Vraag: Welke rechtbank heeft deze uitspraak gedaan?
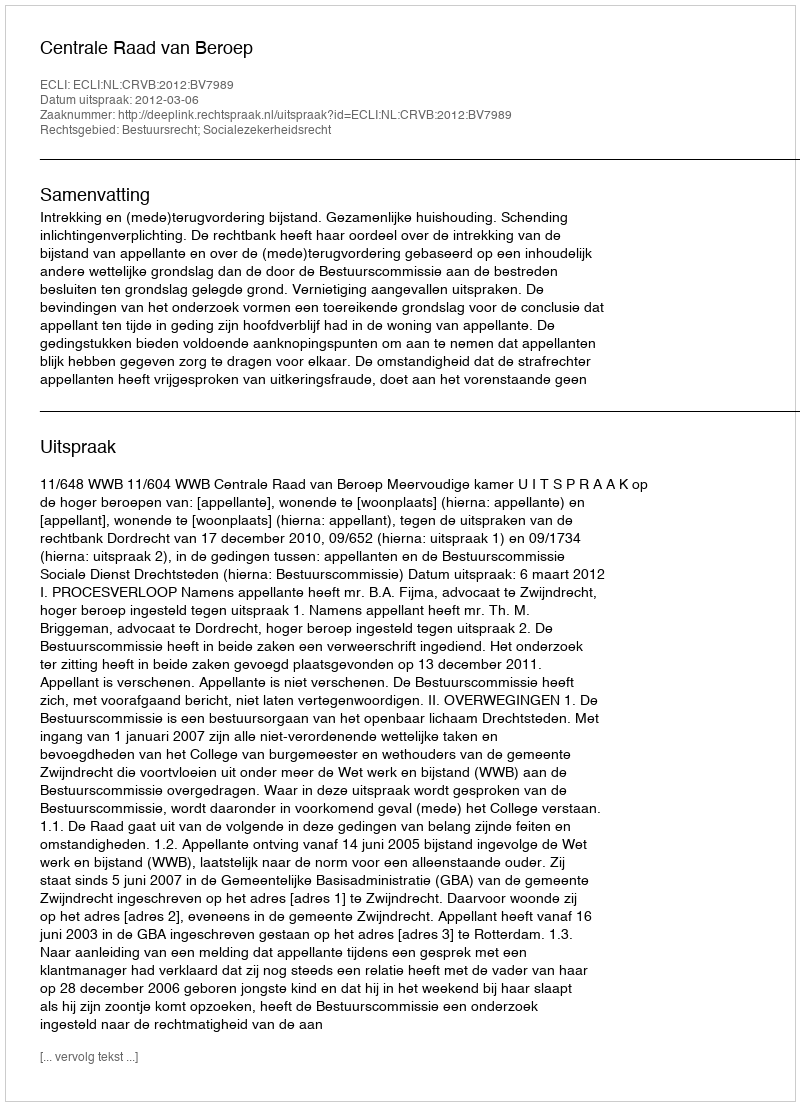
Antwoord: Centrale Raad van Beroep